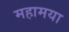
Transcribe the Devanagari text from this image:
महामया